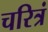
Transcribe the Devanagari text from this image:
चरित्रं